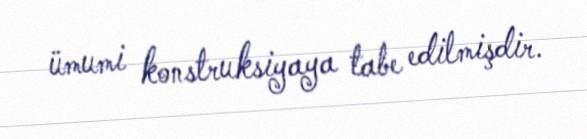
ümumi konstruksiyaya tabe edilmişdir.